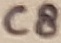
Text: C8